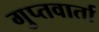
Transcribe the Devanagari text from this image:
गुप्तवार्ता